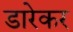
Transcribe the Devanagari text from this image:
डारेकर